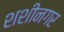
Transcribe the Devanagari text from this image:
शशीनगर